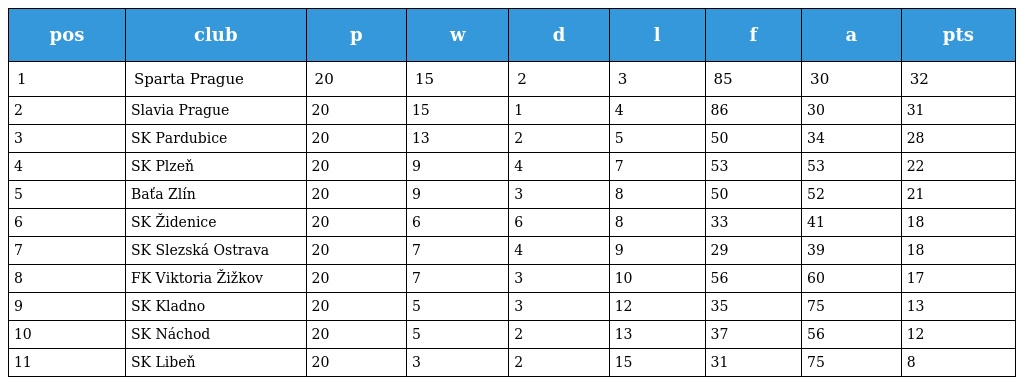
| pos | club | p | w | d | l | f | a | pts |
 | --- | --- | --- | --- | --- | --- | --- | --- | --- |
 | 1 | Sparta Prague | 20 | 15 | 2 | 3 | 85 | 30 | 32 |
 | 2 | Slavia Prague | 20 | 15 | 1 | 4 | 86 | 30 | 31 |
 | 3 | SK Pardubice | 20 | 13 | 2 | 5 | 50 | 34 | 28 |
 | 4 | SK Plzeň | 20 | 9 | 4 | 7 | 53 | 53 | 22 |
 | 5 | Baťa Zlín | 20 | 9 | 3 | 8 | 50 | 52 | 21 |
 | 6 | SK Židenice | 20 | 6 | 6 | 8 | 33 | 41 | 18 |
 | 7 | SK Slezská Ostrava | 20 | 7 | 4 | 9 | 29 | 39 | 18 |
 | 8 | FK Viktoria Žižkov | 20 | 7 | 3 | 10 | 56 | 60 | 17 |
 | 9 | SK Kladno | 20 | 5 | 3 | 12 | 35 | 75 | 13 |
 | 10 | SK Náchod | 20 | 5 | 2 | 13 | 37 | 56 | 12 |
 | 11 | SK Libeň | 20 | 3 | 2 | 15 | 31 | 75 | 8 |